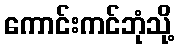
ကောင်းကင်ဘုံသို့